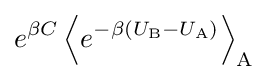
e^{\beta C}\left\langle e^{-\beta (U_{\text{B}}-U_{\text{A}})}\right\rangle _{\text{A}}